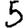
Digit: 5